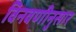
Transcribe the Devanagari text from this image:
विनवणीनुसार